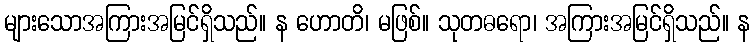
များသောအကြားအမြင်ရှိသည်။ န ဟောတိ၊ မဖြစ်။ သုတဓရော၊ အကြားအမြင်ရှိသည်။ န